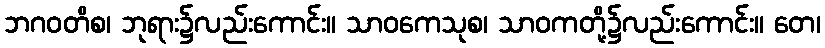
ဘဂဝတိစ၊ ဘုရား၌လည်းကောင်း။ သာဝကေသုစ၊ သာဝကတို့၌လည်းကောင်း။ တေ၊